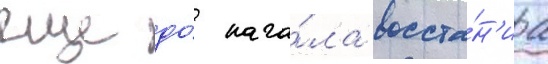
еще до́ нача́ла восста́н'иа